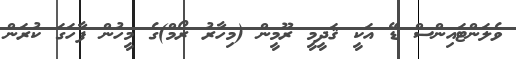
ވެލަންޓައިންސް ޑޭ އަކީ ޤަދީމީ ރޫމީން (މިހާރު ރޯމް)ގެ މީހުން ފާހަގަ ކުރަން